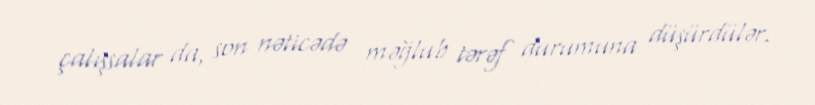
çalışsalar da, son nəticədə məğlub tərəf durumuna düşürdülər.